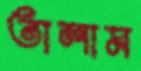
তালাম